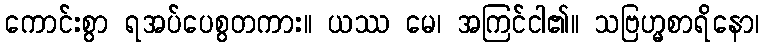
ကောင်းစွာ ရအပ်ပေစွတကား။ ယဿ မေ၊ အကြင်ငါ၏။ သဗြဟ္မစာရိနော၊